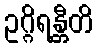
ဥဂ္ဂိရန္တီတိ